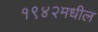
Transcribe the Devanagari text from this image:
१९४२मधील